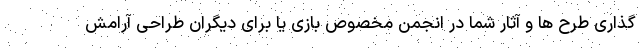
گذاری طرح ها و آثار شما در انجمن مخصوص بازی یا برای دیگران طراحی آرامش